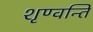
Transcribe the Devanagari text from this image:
शृण्वन्ति